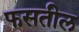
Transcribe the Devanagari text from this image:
फसतील